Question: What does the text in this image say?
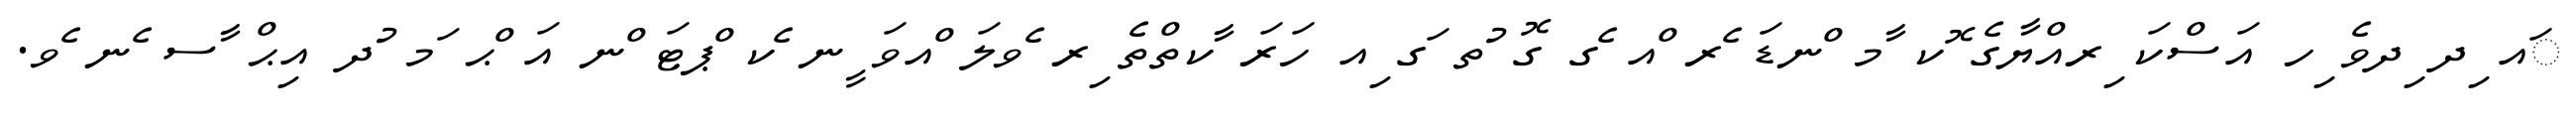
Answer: ައ ިދ ިދވެ ިހ އަސްކަ ިރއްޔާގެ ޮކ ާމ ްނޑަ ެރ ްއ ެގ ގޮ ުތ ަގ ިއ ހަރަ ާކތްތެ ިރ ެވލަ ްއވަ ީނ ެކ ްޕޓަ ްނ އަ ްޙ ަމ ުދ އިޙް ާސ ެނ ެވ.